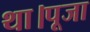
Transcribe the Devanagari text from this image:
था।पूजा